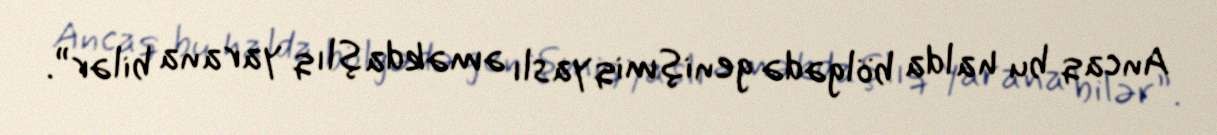
Ancaq bu halda bölgədə genişmiqyaslı əməkdaşlıq yarana bilər”.